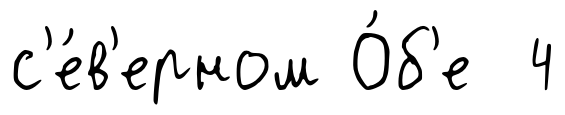
с'е́в'ерном О́б'е 4